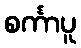
စင်္ကာပူ